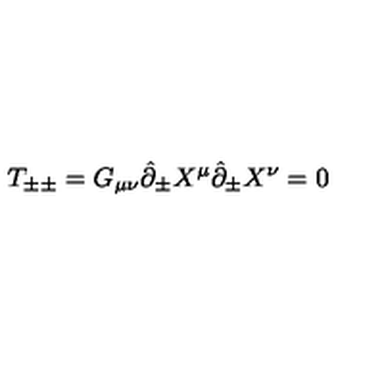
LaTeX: T _ { \pm \pm } = G _ { \mu \nu } \hat { \partial } _ { \pm } X ^ { \mu } \hat { \partial } _ { \pm } X ^ { \nu } = 0